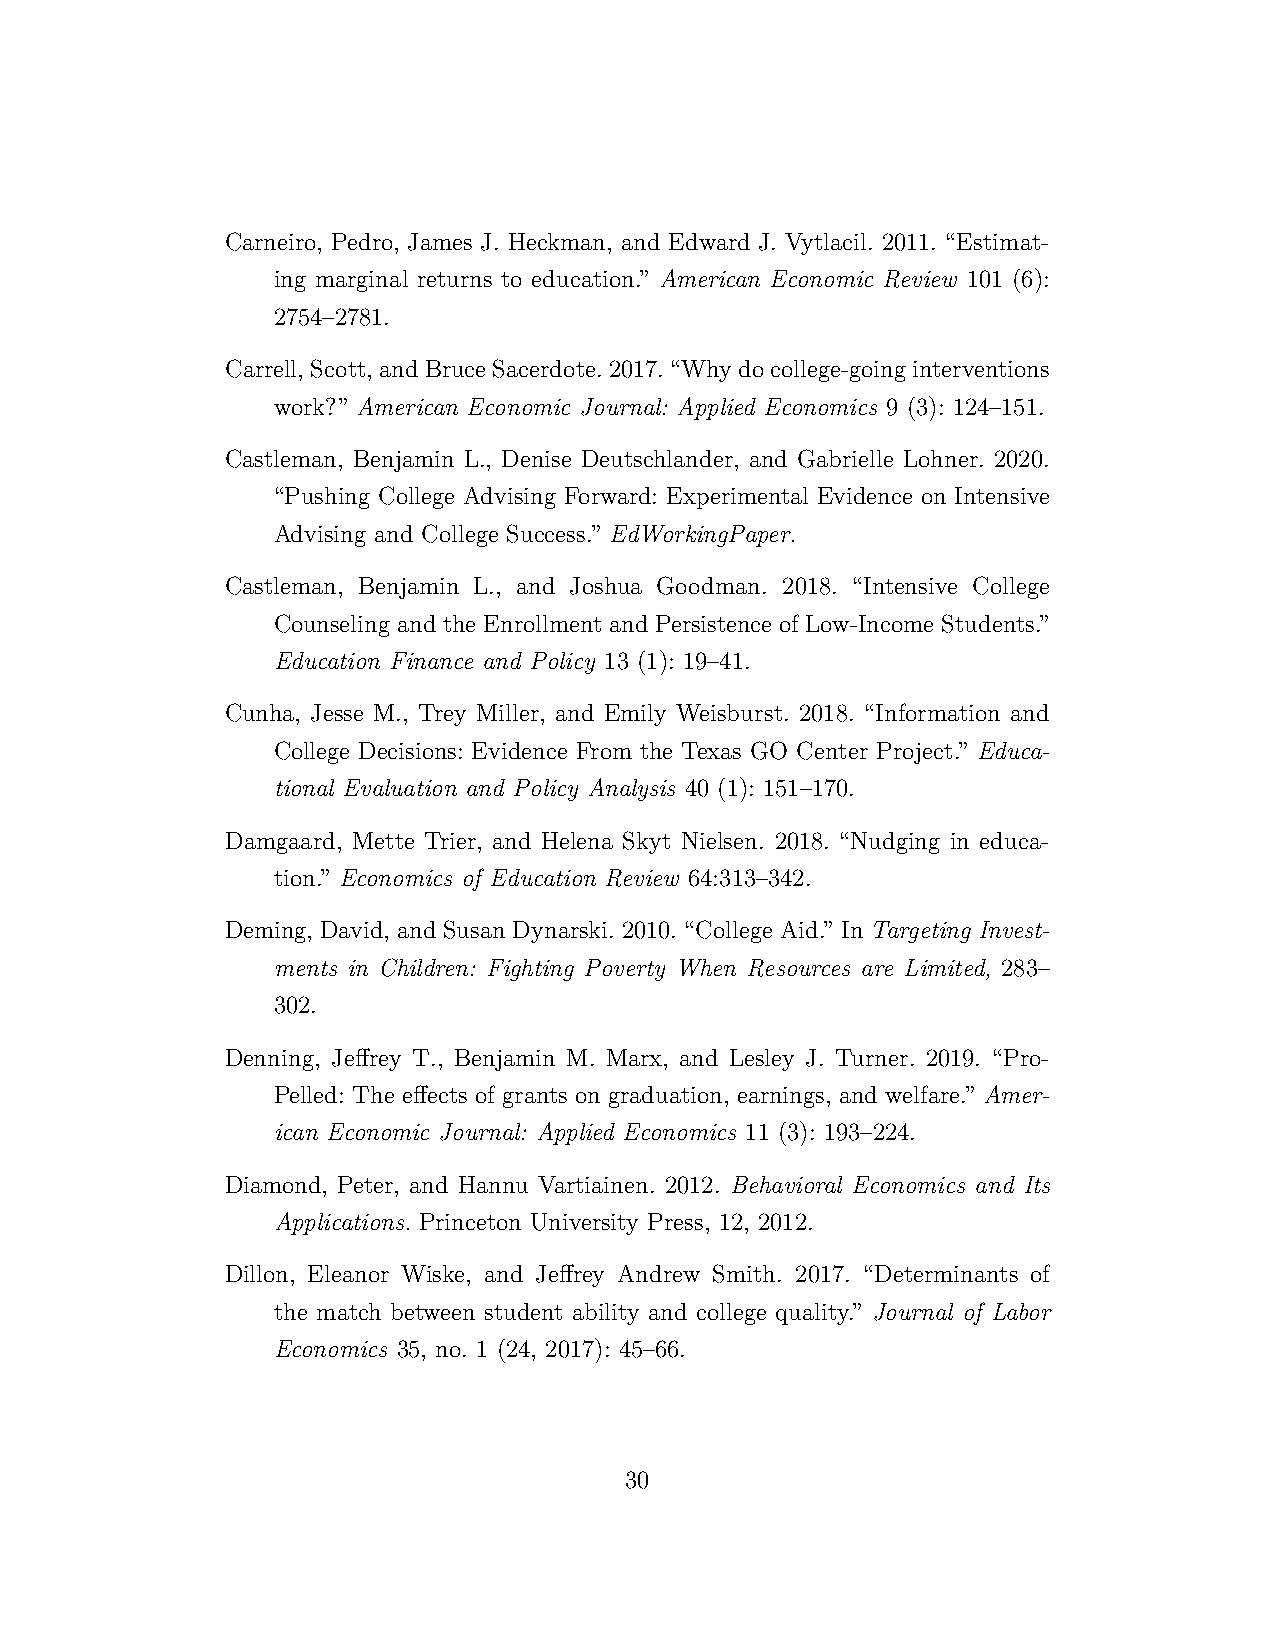
Carneiro, Pedro, James J. Heckman, and Edward J. Vytlacil. 2011. “Estimat-
 ing marginal returns to education.” American Economic Review 101 (6):
 2754–2781.
 Carrell,Scott,andBruceSacerdote.2017.“Whydocollege-goinginterventions
 work?” American Economic Journal: Applied Economics 9 (3): 124–151.
 Castleman, Benjamin L., Denise Deutschlander, and Gabrielle Lohner. 2020.
 “Pushing College Advising Forward: Experimental Evidence on Intensive
 Advising and College Success.” EdWorkingPaper.
 Castleman, Benjamin L., and Joshua Goodman. 2018. “Intensive College
 Counseling and the Enrollment and Persistence of Low-Income Students.”
 Education Finance and Policy 13 (1): 19–41.
 Cunha, Jesse M., Trey Miller, and Emily Weisburst. 2018. “Information and
 College Decisions: Evidence From the Texas GO Center Project.” Educa-
 tional Evaluation and Policy Analysis 40 (1): 151–170.
 Damgaard, Mette Trier, and Helena Skyt Nielsen. 2018. “Nudging in educa-
 tion.” Economics of Education Review 64:313–342.
 Deming, David, and Susan Dynarski. 2010. “College Aid.” In Targeting Invest-
 ments in Children: Fighting Poverty When Resources are Limited, 283–
 302.
 Denning, Jeffrey T., Benjamin M. Marx, and Lesley J. Turner. 2019. “Pro-
 Pelled: The effects of grants on graduation, earnings, and welfare.” Amer-
 ican Economic Journal: Applied Economics 11 (3): 193–224.
 Diamond, Peter, and Hannu Vartiainen. 2012. Behavioral Economics and Its
 Applications. Princeton University Press, 12, 2012.
 Dillon, Eleanor Wiske, and Jeffrey Andrew Smith. 2017. “Determinants of
 the match between student ability and college quality.” Journal of Labor
 Economics 35, no. 1 (24, 2017): 45–66.
 30